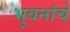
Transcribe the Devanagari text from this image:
भुवनांचे